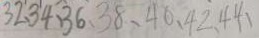
3 2 、 3 4 、 3 6 、 3 8 、 4 0 、 4 2 、 4 4 、